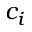
c _ { i }